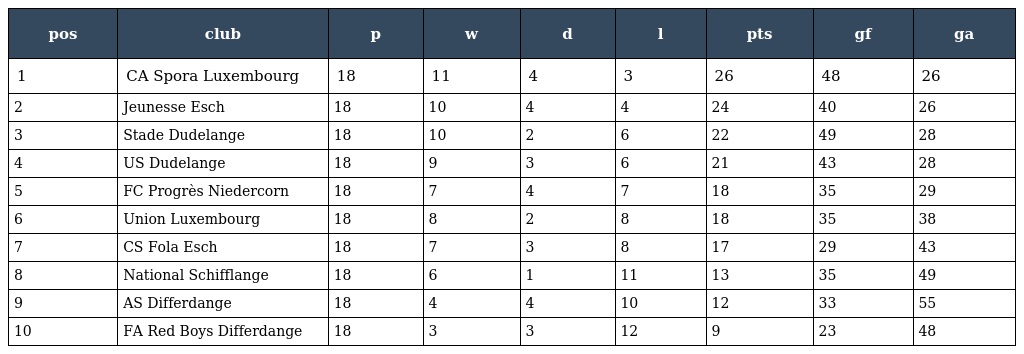
| pos | club | p | w | d | l | pts | gf | ga |
 | --- | --- | --- | --- | --- | --- | --- | --- | --- |
 | 1 | CA Spora Luxembourg | 18 | 11 | 4 | 3 | 26 | 48 | 26 |
 | 2 | Jeunesse Esch | 18 | 10 | 4 | 4 | 24 | 40 | 26 |
 | 3 | Stade Dudelange | 18 | 10 | 2 | 6 | 22 | 49 | 28 |
 | 4 | US Dudelange | 18 | 9 | 3 | 6 | 21 | 43 | 28 |
 | 5 | FC Progrès Niedercorn | 18 | 7 | 4 | 7 | 18 | 35 | 29 |
 | 6 | Union Luxembourg | 18 | 8 | 2 | 8 | 18 | 35 | 38 |
 | 7 | CS Fola Esch | 18 | 7 | 3 | 8 | 17 | 29 | 43 |
 | 8 | National Schifflange | 18 | 6 | 1 | 11 | 13 | 35 | 49 |
 | 9 | AS Differdange | 18 | 4 | 4 | 10 | 12 | 33 | 55 |
 | 10 | FA Red Boys Differdange | 18 | 3 | 3 | 12 | 9 | 23 | 48 |